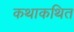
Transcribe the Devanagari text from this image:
कथाकथित